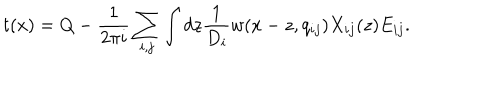
t ( x ) = Q - \frac { 1 } { 2 \pi i } \sum _ { i , j } \int d z \frac { 1 } { D _ { i } } w ( x - z , q _ { i j } ) X _ { i j } ( z ) E _ { i j } . \nonumber